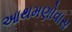
આથમણોવાસ